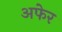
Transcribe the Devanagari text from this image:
अफेर